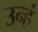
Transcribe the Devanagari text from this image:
उन्हं